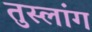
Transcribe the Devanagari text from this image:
तुस्‍लांग